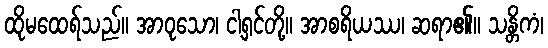
ထိုမထေရ်သည်။ အာဝုသော၊ ငါ့ရှင်တို့။ အာစရိယဿ၊ ဆရာ၏။ သန္တိကံ၊